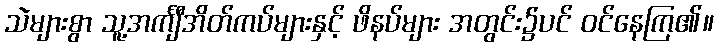
သဲများစွာ သူ့အင်္ကျီအိတ်ကပ်များနှင့် ဖိနပ်များ အတွင်း၌ပင် ဝင်နေကြ၏။